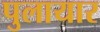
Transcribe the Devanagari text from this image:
पुलायार